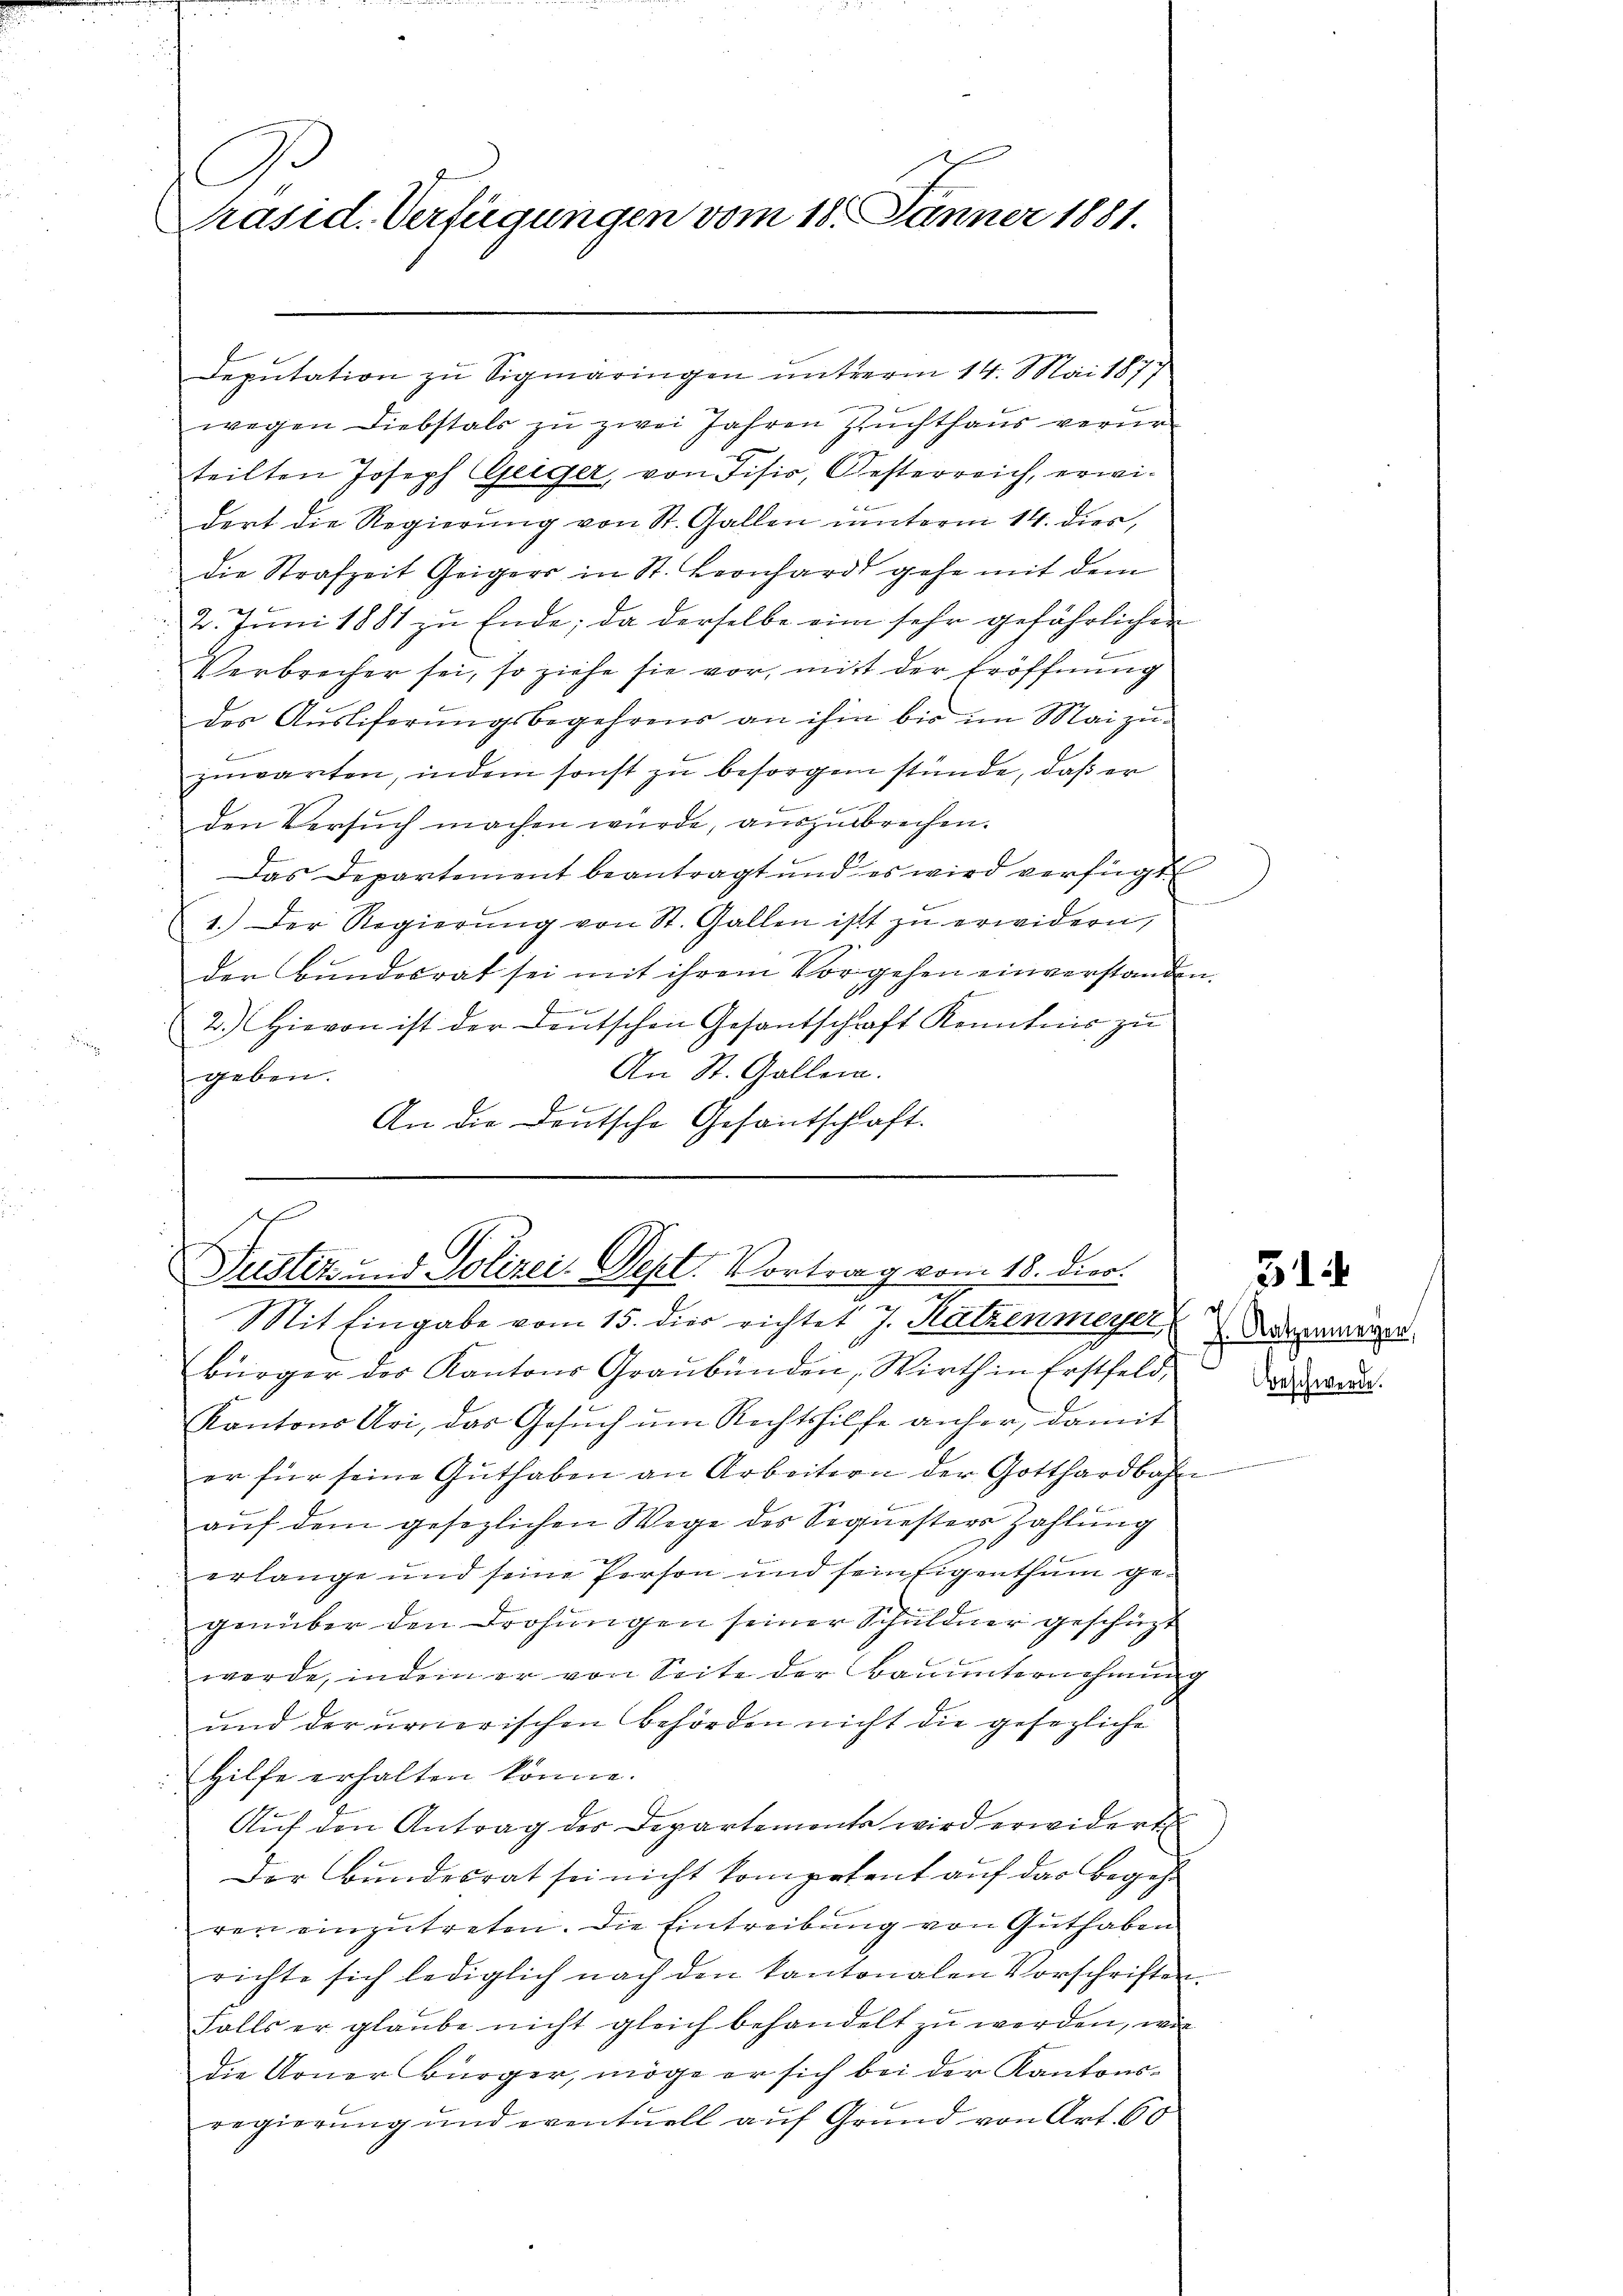
l
Präsid. Verfügungen vom 18. Jänner 1881.

Deputation zu Sigmaringen unterm 14. Mai 1877
wegen Diebstals zu zwei Jahren Zuchthaus verurteilten Joseph Geiger, von Fisis, Oesterreich, erwidert die Regierŭng von St. Gallen unterm 14. dies,
die Strafzeit Geigers in St. Leonhardt gehe mit dem
2. Jŭni 1881 zu Ende; da derselbe eine sehr gefährlichen
Verbrecher sei, so ziehe sie vor, mit der Eröffnung
des Ausliferungsbegehrens an ihm bis im Maizuzuwarten, indem sonst zu besorgen stünde, daß er
den Versuch machen würde, auszubrechen.
Das Departement beantragt und es wird verfügt
1.) Der Regierŭng von St. Gallen ist zŭ erwidern,
der Bundesrat sei mit ihrem Vorgehen einverstanden.
b
2.) Hievon ist der Deutschen Gesantschaft Kenntnis zu
An St. Gallen.
geben.
 Eier
An die Deutsche Gesantschlaft.

Puster und Polizei-Dept. Vortrag vom 18. dier.
Mit Eingabe vom 15. dies richtet J. Katzenmeyer,

Bürger des Kantons Graubünden, Wirth in Erstfeld-
Kantons Uri, das Gesuch um Rechtshilfe anher, damit
er für seine Guthaben an Arbeitern der Gotthardbahn
auf dem gesezlichen Wege des Sequester Zahlung
erlange und seine Person und sein Eigenthum gegenüber den Drohungen seiner Schuldner geschüzt
werde, indem er von Seite der Bauunternehmung
und der ernerischen Behörden nicht die gesezliche
Hilfe erhalten könne.
Auf den Antrag der Departemente wird erwidert
Der Bundesrat sei nicht kompetent auf das Begehr
ren einzutreten. Die Eintreibung von Guthaben
richte sich lediglich nach den kantonalen Vorschriften.
Falls er glaŭbe nicht gleich behandelt zŭ werden, wie
die Arner Bürger, möge er sich bei der Kantonsregierung und eventuell auf Grund von Art. 60

31
J. Katzenmeyer,
Beschwerde.